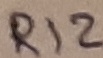
Text: R12